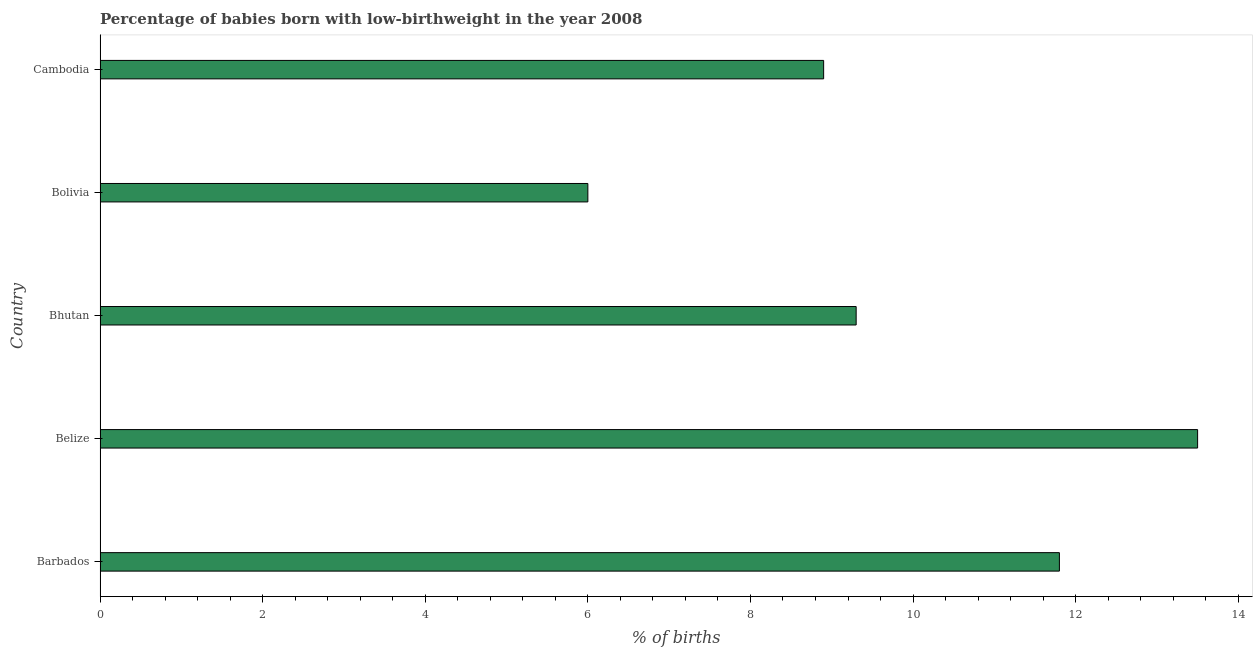
| Country | Low-birthweight babies |
 | --- | --- |
 | Barbados | 11.8 |
 | Belize | 13.5 |
 | Bhutan | 9.3 |
 | Bolivia | 6 |
 | Cambodia | 8.9 |